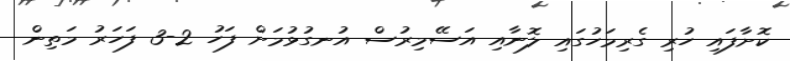
ކޮށާފައި ހުރި ގެރިމަހުގައި ލޮނާއި އަސޭމިރުސް އުނގުޅުމަށް ފަހު 2-3 ފަހަރު މަތިން